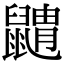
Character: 䶇